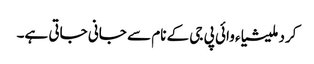
کرد ملیشیاء وائی پی جی کے نام سے جانی جاتی ہے۔